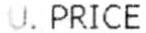
U. PRICE